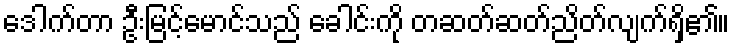
ဒေါက်တာ ဦးမြင့်မောင်သည် ခေါင်းကို တဆတ်ဆတ်ညိတ်လျက်ရှိ၏။